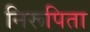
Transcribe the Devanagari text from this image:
निरूपिता